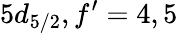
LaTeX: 5d_{5/2},f^{\prime}=4,5